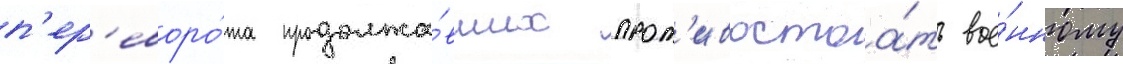
п'ер'еворо́та продолжа́вших прот'ивостоа́ть вое́нному